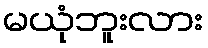
မယုံဘူးလား